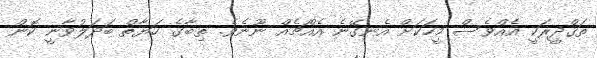
ތަޤްދީރަކީ އެއްވެސް މީހަކަށް އެނގޭނެ އެއްޗެއް ނޫނެވެ. ތިބާގެ ހަޔާތް ބަދަލުވާނީ ކޮން